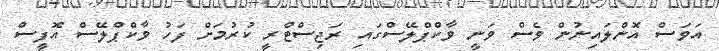
އަވަސް އޮންލައިނުން ވެސް ވަނީ ވާކްޕްލޭސްގައި ރަޖިސްޓްރީ ކުރުމަށް ފަހު ވާކްޕްލޭސް އޮފީސް